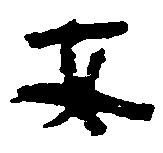
安